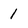
Character: 1